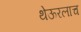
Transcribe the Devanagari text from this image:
थेऊरलाच